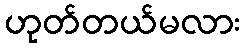
ဟုတ်တယ်မလား